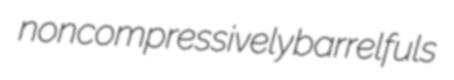
noncompressively barrelfuls